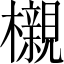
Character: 櫬